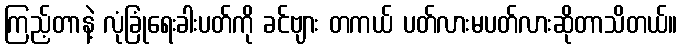
ကြည့်တာနဲ့ လုံခြုံရေးခါးပတ်ကို ခင်ဗျား တကယ် ပတ်လားမပတ်လားဆိုတာသိတယ်။